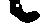
候